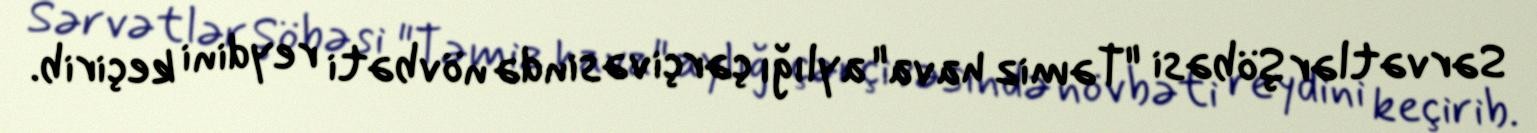
Sərvətlər Şöbəsi "Təmiz hava" aylığı çərçivəsində növbəti reydini keçirib.